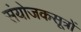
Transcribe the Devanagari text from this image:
संयोजकसूत्रों